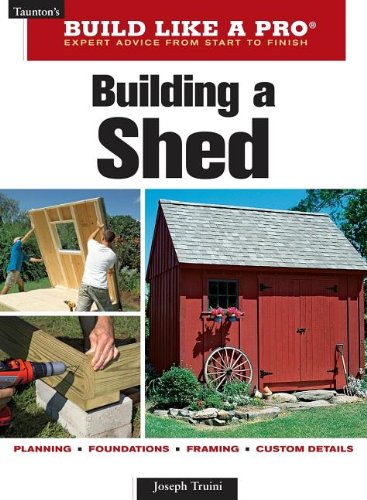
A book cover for Building a Shed (Taunton's Build Like a Pro); Joseph Truini; Crafts, Hobbies & Home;